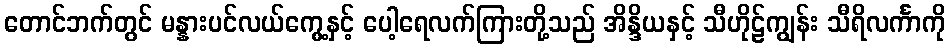
တောင်ဘက်တွင် မန္နားပင်လယ်ကွေ့နှင့် ပေါ့ရေလက်ကြားတို့သည် အိန္ဒိယနှင့် သီဟိုဠ်ကျွန်း သီရိလင်္ကာကို